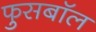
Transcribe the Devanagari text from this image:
फुसबॉल